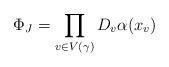
LaTeX: \begin{align*} \Phi_J = \prod_{v \in V(\gamma)} D_v\alpha(x_v)\end{align*}